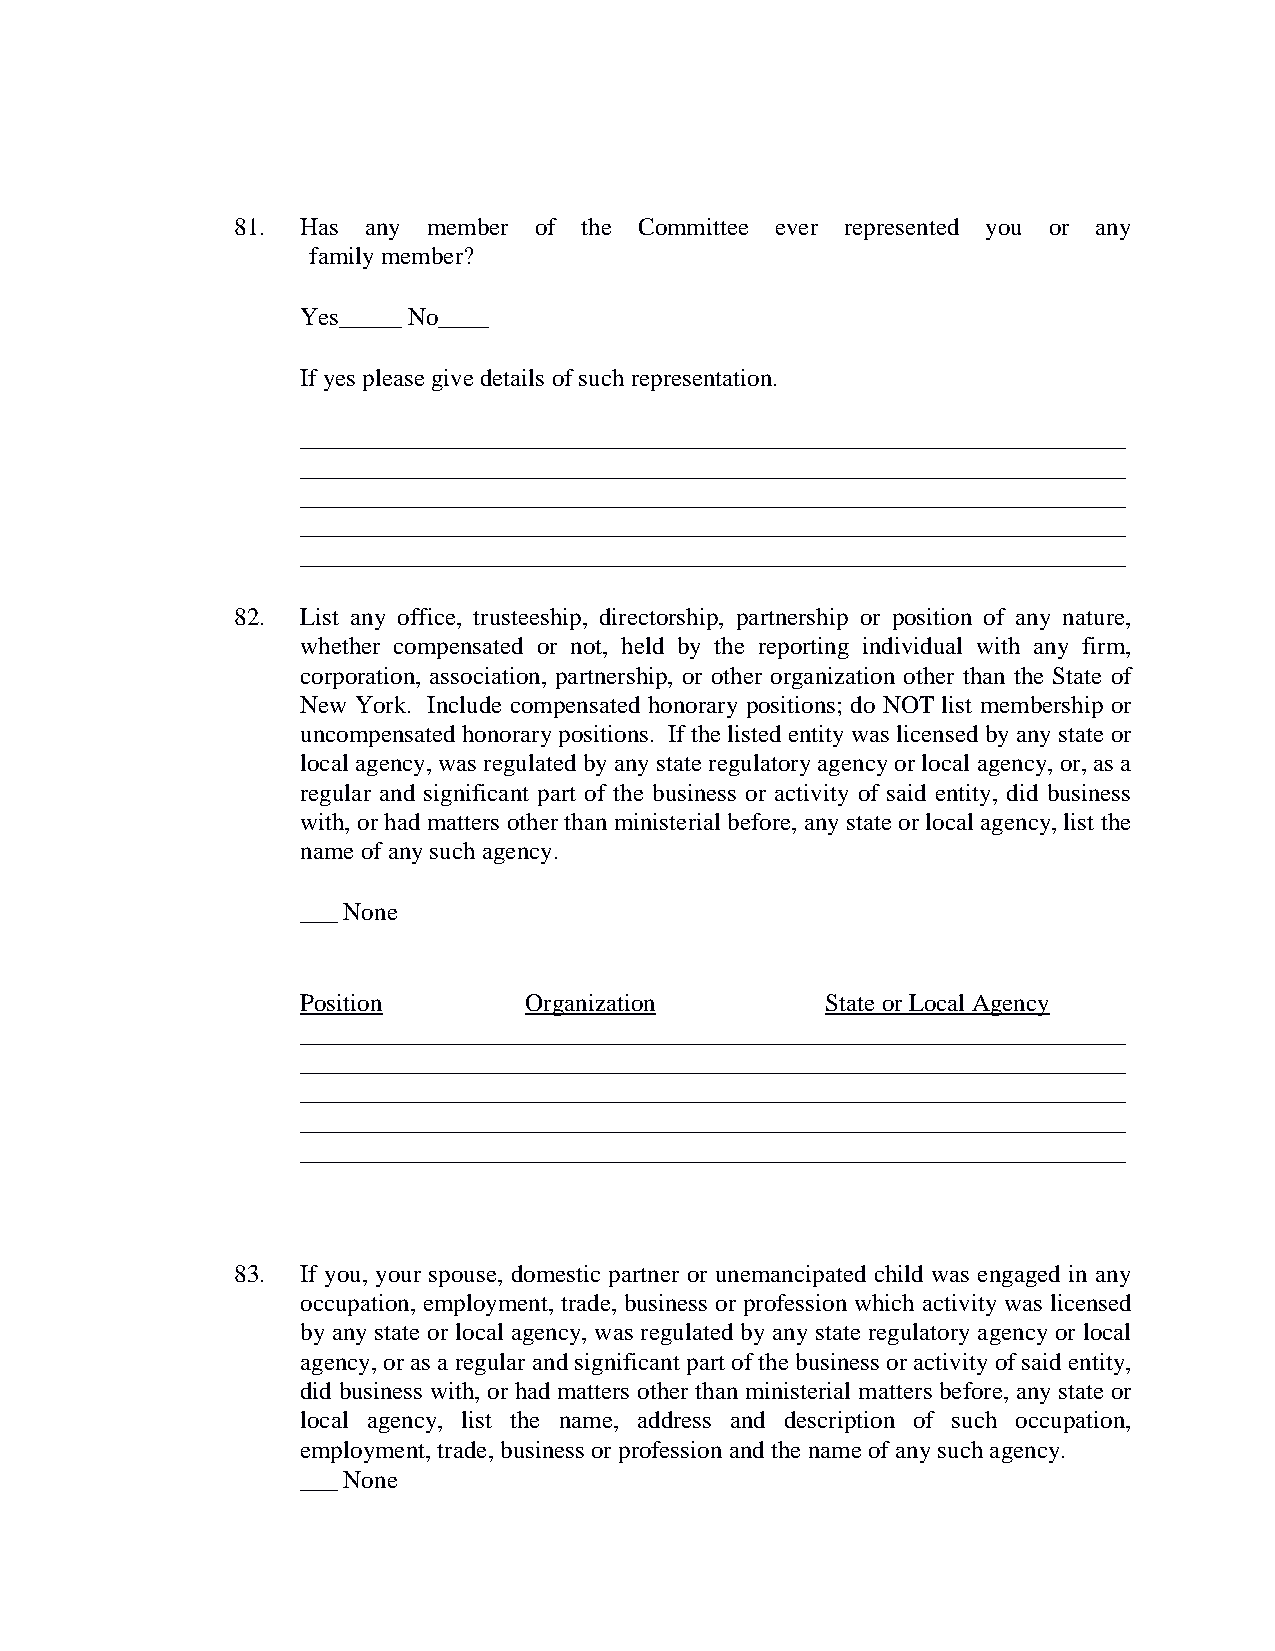
81. Has any member of  the Committee ever represented you or any
 family member?
 Yes_____ No____
 If yes please give details of such representation.
 __________________________________________________________________
 __________________________________________________________________
 __________________________________________________________________
 __________________________________________________________________
 __________________________________________________________________
 82. List any office, trusteeship, directorship, partnership or position of any nature,
 whether compensated or not, held by the reporting individual with any firm,
 corporation, association, partnership, or other organization other than the State of
 New York. Include compensated honorary positions; do NOT list membership or
 uncompensated honorary positions. If the listed entity was licensed by any state or
 local agency, was regulated by any state regulatory agency or local agency, or, as a
 regular and significant part of the business or activity of said entity, did business
 with, or had matters other than ministerial before, any state or local agency, list the
 name of any such agency.
 ___ None
 Position       Organization        State or Local Agency
 __________________________________________________________________
 __________________________________________________________________
 __________________________________________________________________
 __________________________________________________________________
 __________________________________________________________________
 83. If you, your spouse, domestic partner or unemancipated child was engaged in any
 occupation, employment, trade, business or profession which activity was licensed
 by any state or local agency, was regulated by any state regulatory agency or local
 agency, or as a regular and significant part of the business or activity of said entity,
 did business with, or had matters other than ministerial matters before, any state or
 local agency, list the name, address and description of such occupation,
 employment, trade, business or profession and the name of any such agency.
 ___ None